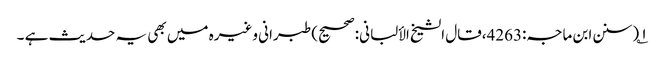
۱؎ (سنن ابن ماجہ:4263،قال الشیخ الألبانی:صحیح) طبرانی وغیرہ میں بھی یہ حدیث ہے ۔